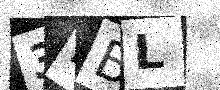
Text: 3RBL